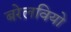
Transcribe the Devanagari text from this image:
बरेलवियो